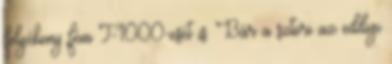
folyékony fém T-1000-esét is. Bár a sztori az eddigi